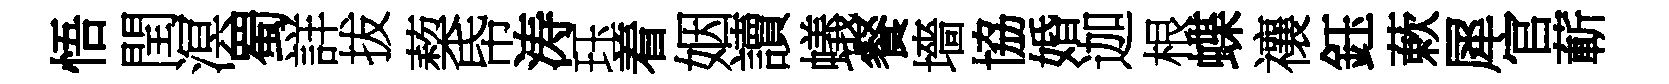
悟閏溟蜀詳拔蔾帋涛珏着姻讀蟻餐墻協婚迦根蝶禳鈺蔌犀官蔪